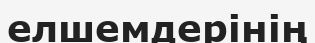
елшемдерінің